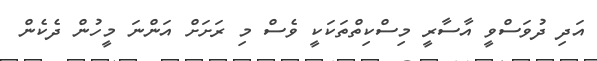
އަދި ދުވަސްވީ އާސާރީ މިސްކިތްތަކަކީ ވެސް މި ރަށަށް އަންނަ މީހުން ދެކެން